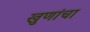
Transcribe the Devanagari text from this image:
खुणांचा